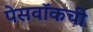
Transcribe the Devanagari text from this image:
पेसवॉकची